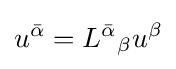
u^{\bar {\alpha }}=L^{\bar {\alpha }}{}_{\beta }u^{\beta }